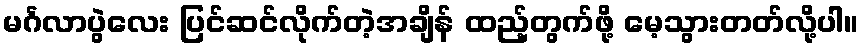
မင်္ဂလာပွဲလေး ပြင်ဆင်လိုက်တဲ့အချိန် ထည့်တွက်ဖို့ မေ့သွားတတ်လို့ပါ။